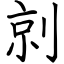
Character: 剠